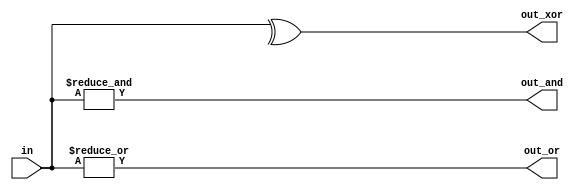
module top_module( 
    input [3:0] in,
    output reg out_and,
    output reg out_or,
    output reg out_xor
);

    always @(*)begin
        out_and <= &in;
        out_or <= |in;
        out_xor <= ^in;
    end
    
endmodule